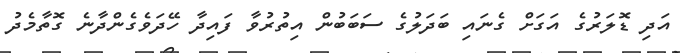
އަދި ޑޮލަރުގެ އަގަށް ގެނައި ބަދަލުގެ ސަބަބުން އިތުރުވާ ފައިދާ ހޭދަވެގެންދާނެ ގޮތާމެދު